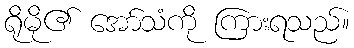
ရိုမို၏ အော်သံကို ကြားရသည်။